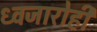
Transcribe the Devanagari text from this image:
ध्वजारोही